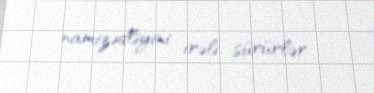
namizədliyini irəli sürürlər.